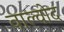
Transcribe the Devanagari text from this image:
वाल्वोद